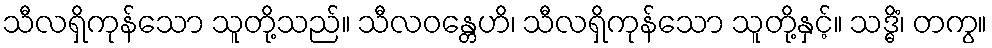
သီလရှိကုန်သော သူတို့သည်။ သီလဝန္တေဟိ၊ သီလရှိကုန်သော သူတို့နှင့်။ သဒ္ဓိံ၊ တကွ။